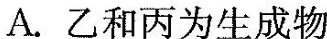
A.乙和丙为生成物